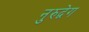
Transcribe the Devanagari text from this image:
नुरुद्वेग